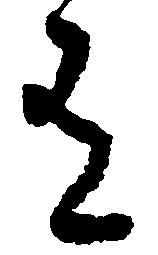
有